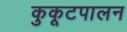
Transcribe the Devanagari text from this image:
कुकूटपालन